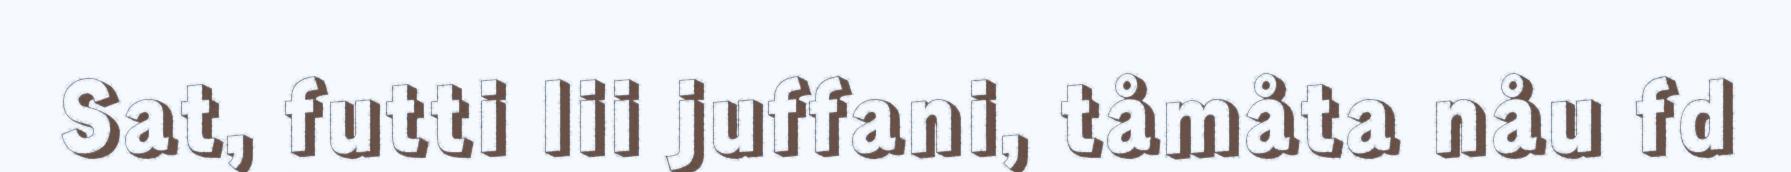
Sat, futti lii juffani, tåmåta nåu fd